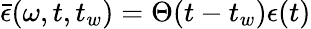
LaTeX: \bar{\epsilon}(\omega,t,t_{w})=\Theta(t-t_{w})\epsilon(t)